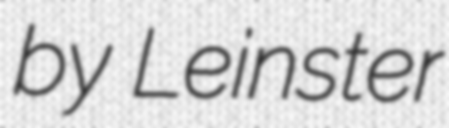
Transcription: by Leinster